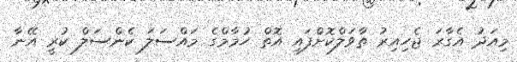
މިއަދު އެގާރަ ޖެހިއިރު ތާވަލްކޮށްފައި އޮތް ހުމާމްގެ މައްސަލަ ކެންސަލް ކުރީ އޭނާ